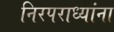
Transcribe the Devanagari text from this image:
निरपराध्यांना